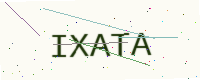
Text: IXATA